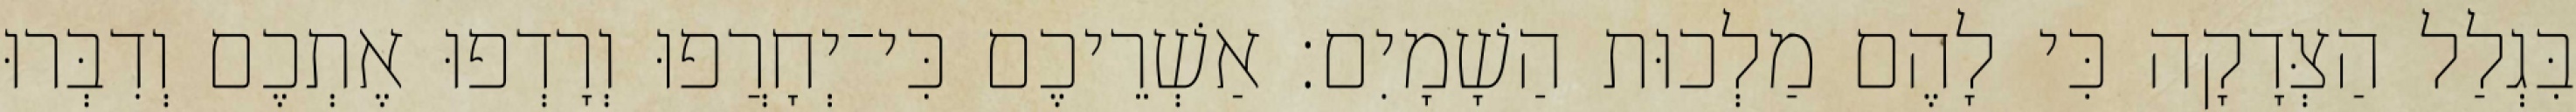
בִּגְלַל הַצְּדָקָה כִּי לָהֶם מַלְכוּת הַשָׁמָיִם׃ אַשְׁרֵיכֶם כִּי־יְחָרֲפוּ וְרָדְפוּ אֶתְכֶם וְדִבְּרוּ